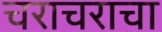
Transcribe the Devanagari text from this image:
चराचराचा